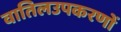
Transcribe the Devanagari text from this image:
वातिलउपकरणों